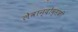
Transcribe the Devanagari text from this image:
लेवान्दोव्सकी